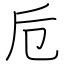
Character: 卮